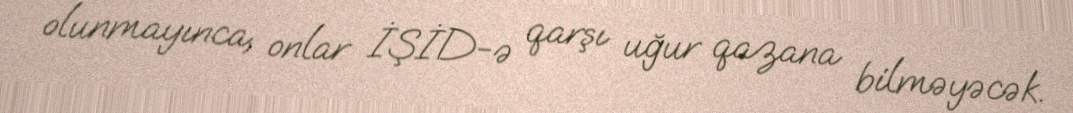
olunmayınca, onlar İŞİD-ə qarşı uğur qazana bilməyəcək.